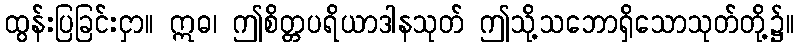
ထွန်းပြခြင်းငှာ။ ဣဓ၊ ဤစိတ္တပရိယာဒါနသုတ် ဤသို့သဘောရှိသောသုတ်တို့၌။